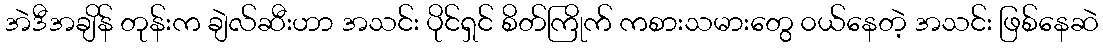
အဲဒီအချိန် တုန်းက ချဲလ်ဆီးဟာ အသင်း ပိုင်ရှင် စိတ်ကြိုက် ကစားသမားတွေ ၀ယ်နေတဲ့ အသင်း ဖြစ်နေဆဲ